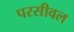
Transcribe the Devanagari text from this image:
परसीवल